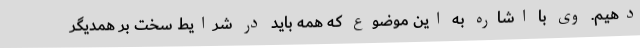
دهیم. وی با اشاره به این موضوع که همه باید در شرایط سخت بر همدیگر